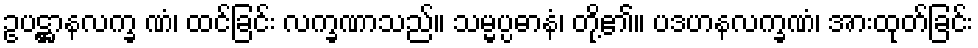
ဥပဋ္ဌာနလက္ခ ဏံ၊ ထင်ခြင်း လက္ခဏာသည်။ သမ္မပ္ပဓာနံ၊ တို့၏။ ပဒဟနလက္ခဏံ၊ အားထုတ်ခြင်း